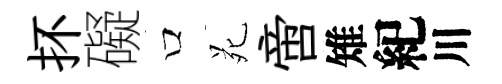
抔礙口苑啻雉紀川